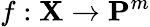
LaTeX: f:\mathbf{X}\to\mathbf{{P}}^{m}